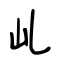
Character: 乢